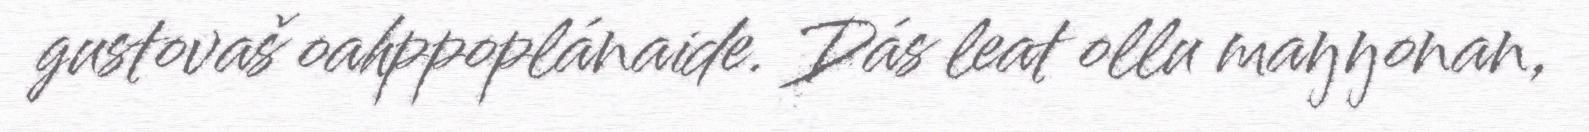
gustovaš oahppoplánaide. Dás leat ollu maŋŋonan,